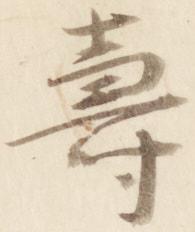
寿